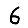
Digit: 6